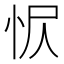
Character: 𢘧